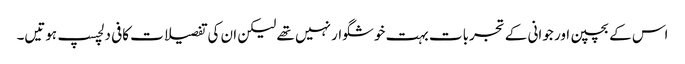
اس کے بچپن اور جوانی کے تجربات بہت خوشگوار نہیں تھے لیکن ان کی تفصیلات کافی دلچسپ ہوتیں۔